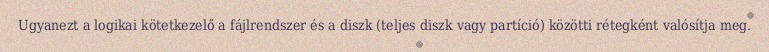
Ugyanezt a logikai kötetkezelő a fájlrendszer és a diszk (teljes diszk vagy partíció) közötti rétegként valósítja meg.